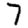
Digit: 7